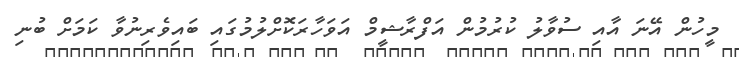
މީހުން އޭނަ އާއި ސުވާލު ކުރުމުން އަފްރާޝީމް އަވަހާރަކޮށްލުމުގައި ބައިވެރިނުވާ ކަމަށް ބުނި